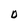
Character: D